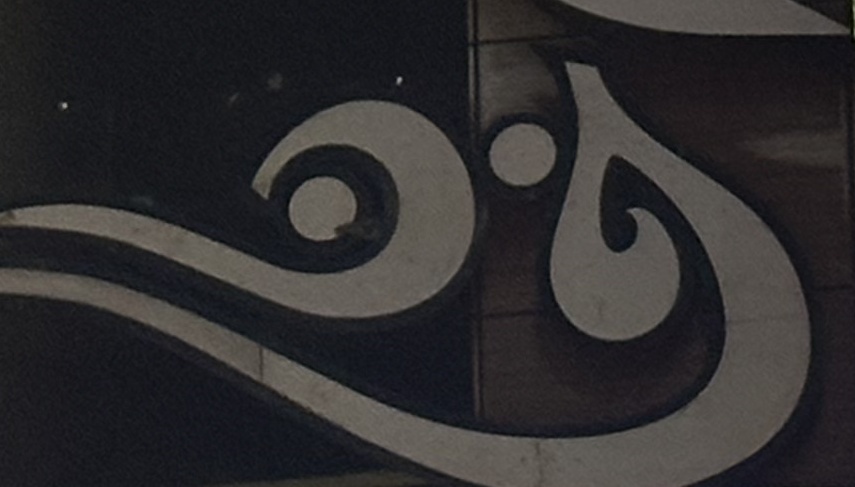
خان